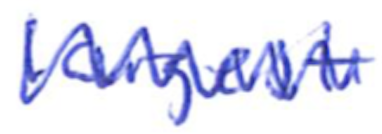
Text: largest
Cross-out: zig-zag
Writing tool: ballpoint